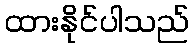
ထားနိုင်ပါသည်